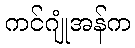
ကင်ဂျုံအန်က